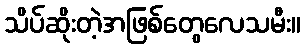
သိပ်ဆိုးတဲ့အဖြစ်တွေလေသမီး။